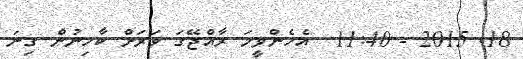
18